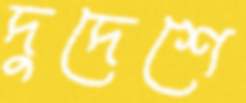
দুদেশে